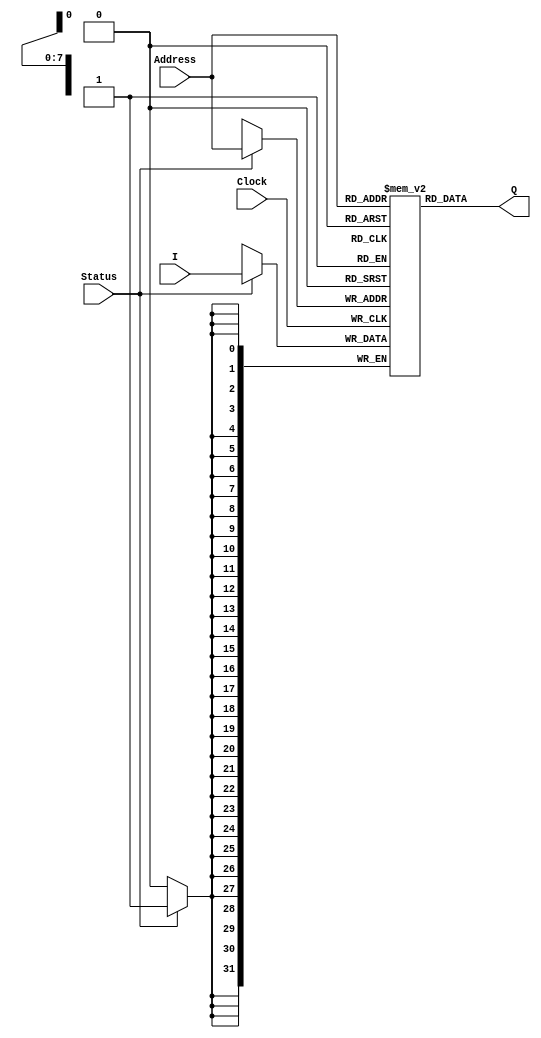
module Memory(Status, Address, I, Clock, Q);
    parameter WordSize=32;
    parameter WordsNumberLog2=8;
    input wire Status, Clock;
    input wire [WordsNumberLog2-1:0] Address;
    input wire [WordSize-1:0] I;
    output wire [WordSize-1:0] Q;
    reg [WordSize-1:0] Data [0:(1 << WordsNumberLog2)-1];

    assign Q = Data[Address];

    always @(posedge Clock) begin
        if (Status == 1)
            Data[Address] = I;
    end
endmodule